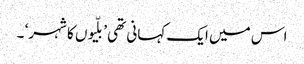
اس میں ایک کہانی تھی ’بلّیوں کا شہر‘ ۔